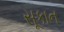
સૂકાન